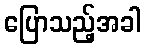
ပြောသည့်အခါ